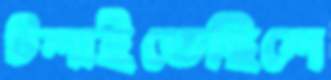
টলাইতেছিলে